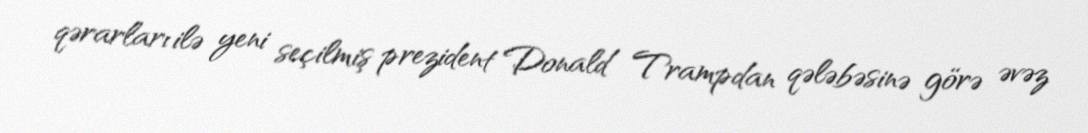
qərarları ilə yeni seçilmiş prezident Donald Trampdan qələbəsinə görə əvəz